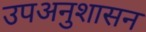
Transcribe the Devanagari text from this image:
उपअनुशासन